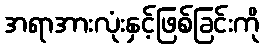
အရာအားလုံးနှင့်ဖြစ်ခြင်းကို